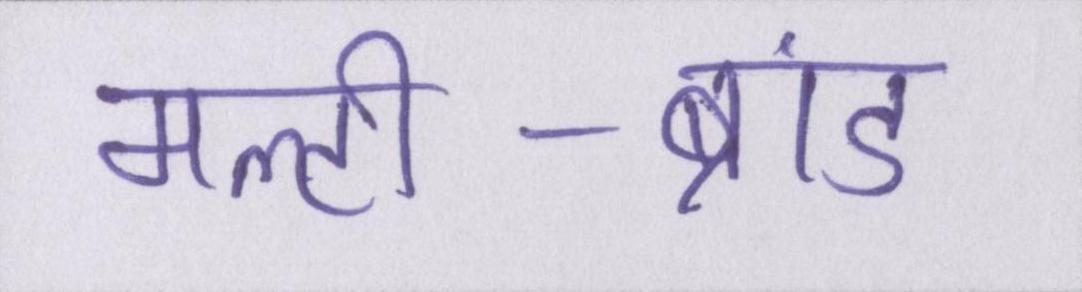
मल्टी-ब्रांड